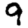
Digit: 9